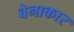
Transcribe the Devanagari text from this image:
बेनाकार